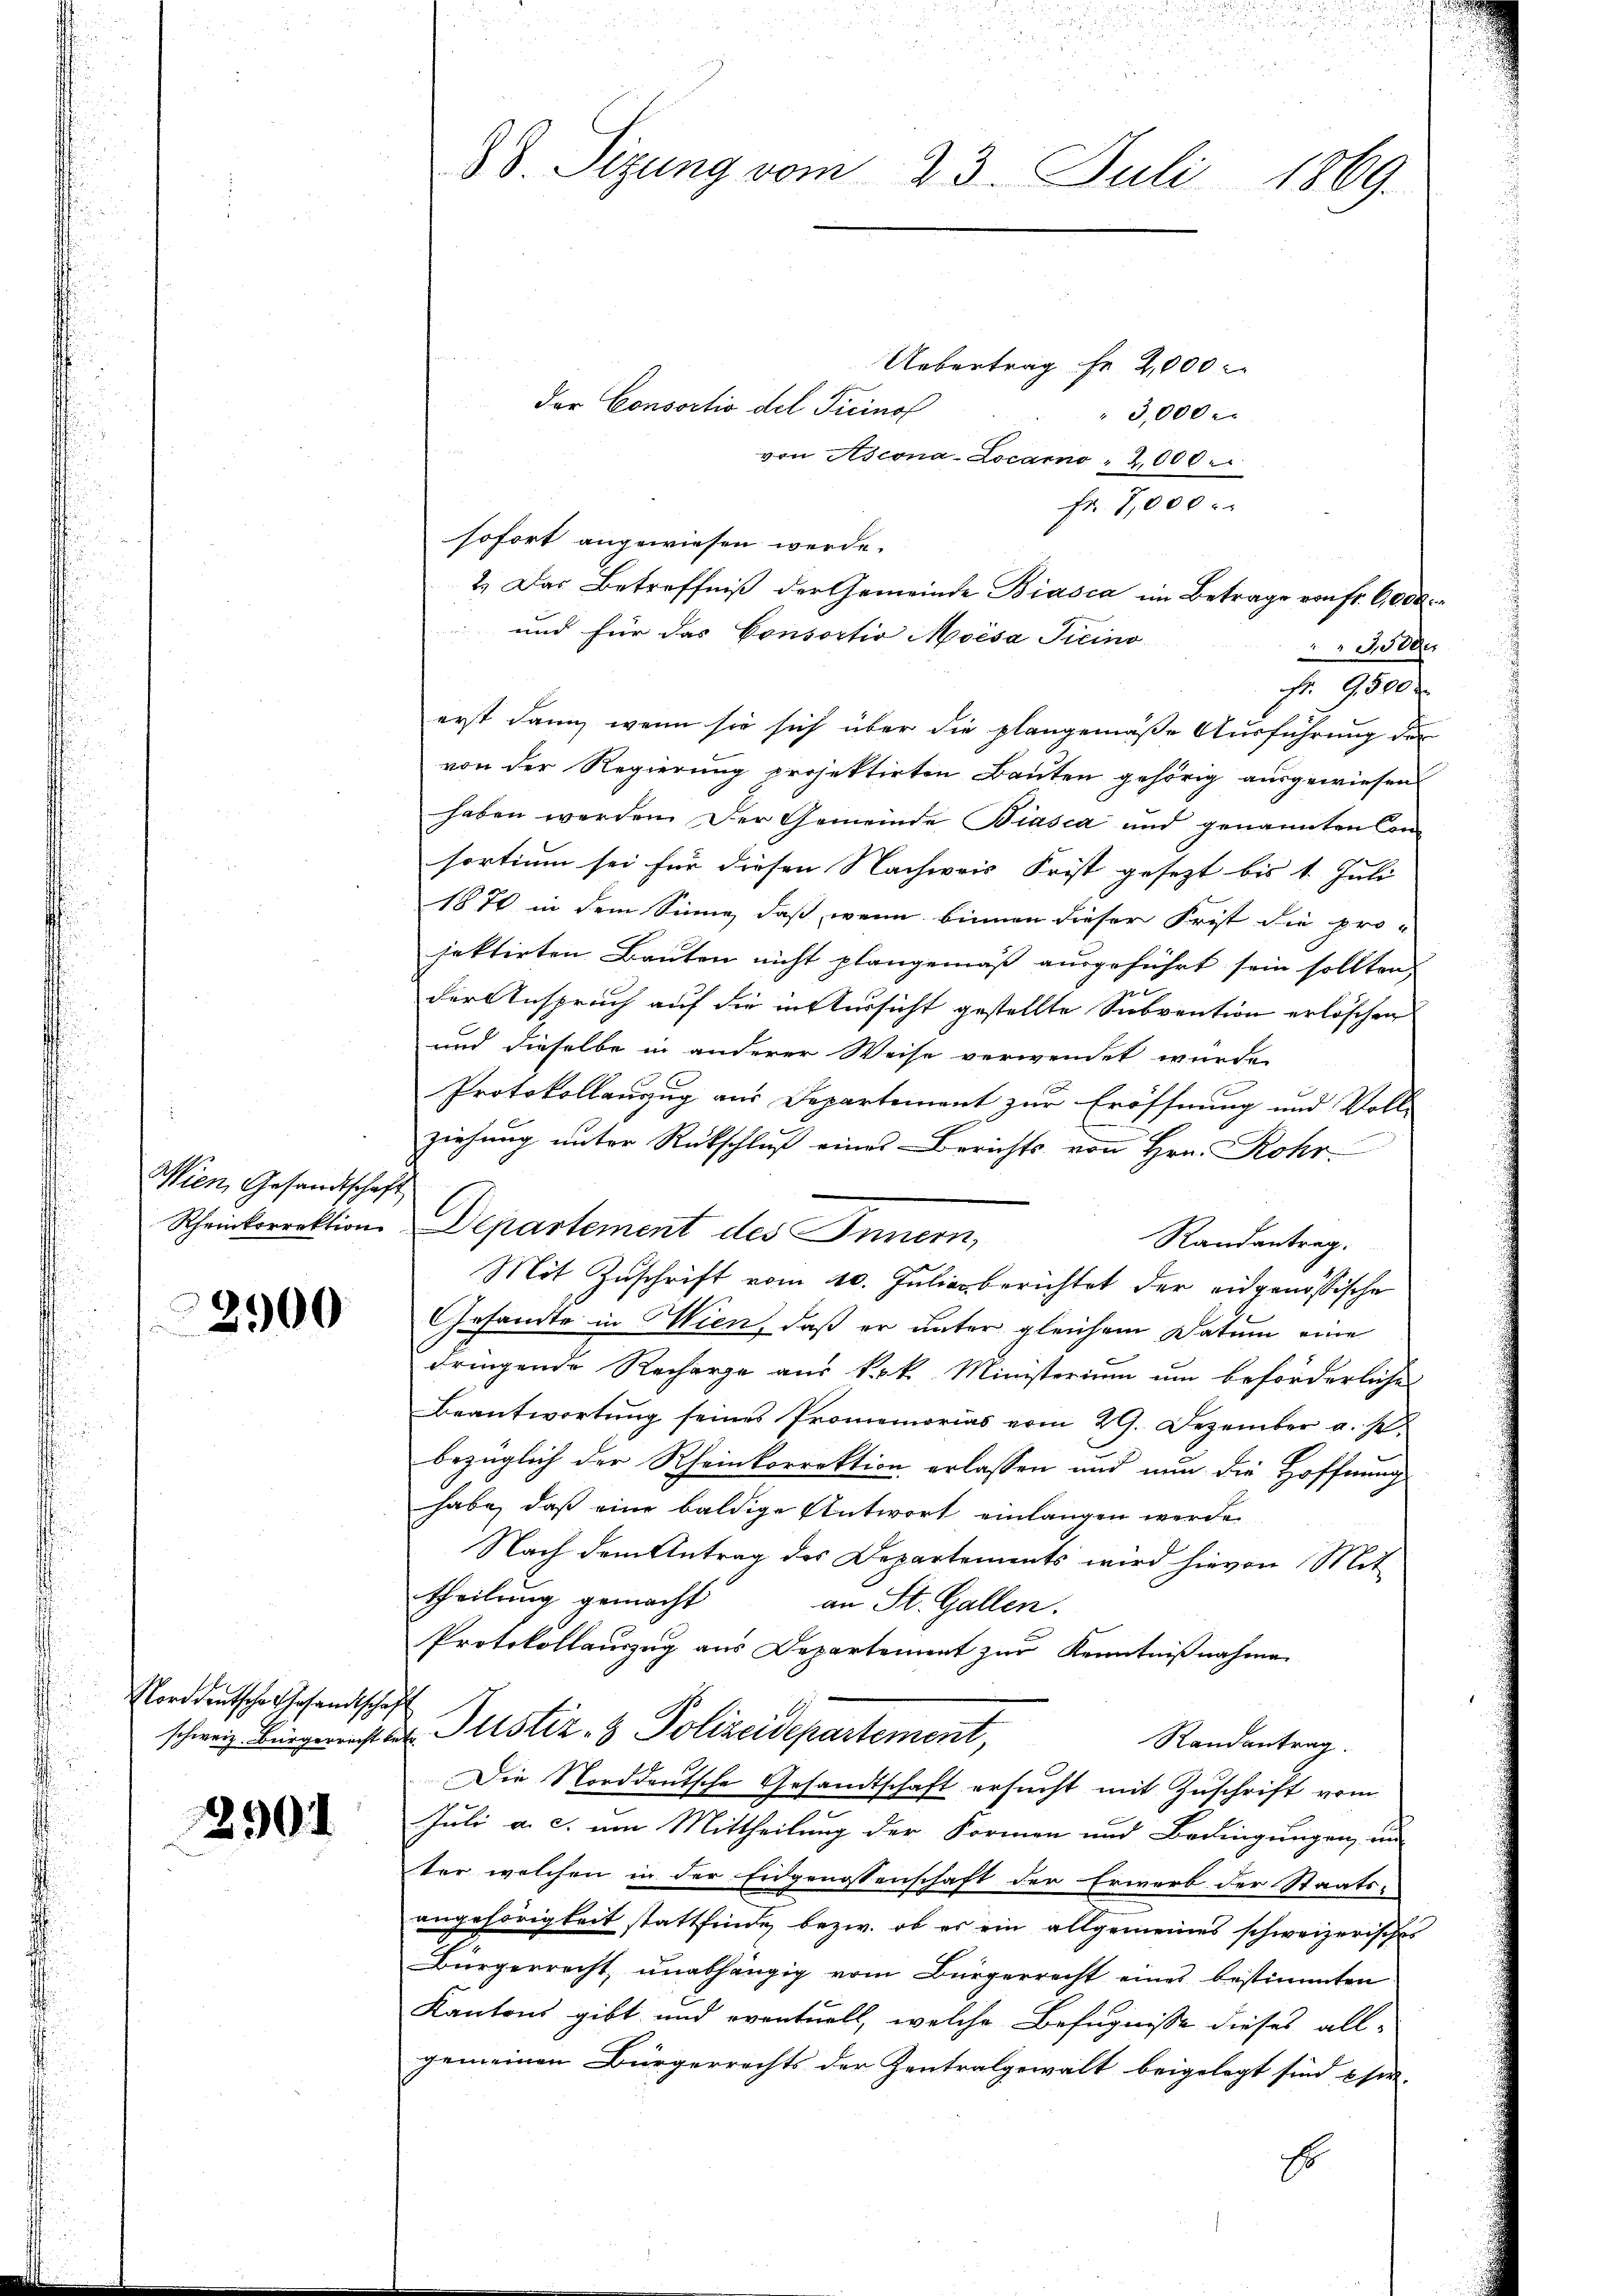
Wien Gesandtschaft
Rheinkorrektion

2900

Norddeutsche Gesandtschaf
schweiz. Bürgerrecht be

2901

Uebertrag Fr. 2,000
3,000.
von Ascona-Locarno " 2,000.
Fr 7,000
sofort angewiesen werde.
2.) Das Betreffniß der Gemeinde Biasca im Betrage von fr. 6000
und für das Consortio Moisa Ticino
Jdee
Fr. 9500
erst dann, wenn sie sich über die plangemäße Ausführung der
von der Regierung projektirten Bauten gehörig ausgewiesen
haben werden. Der Gemeinde Biasca und genannten Com-
sortium sei für diesen Nachweis Frist gesezt bis 1. Juli
1870 in dem Sinne, daß, wenn binnen dieser Frist die pro-
jektirten Bauten nicht plangemäß ausgeführt sein sollten.
72
der Anspruch auf die in Sursicht gestellte Subvention erlöschen
und dieselbe in anderer Weise verwendet wurde.
x
Protokollanzug aus Departement zur Eröffnung und Voll-
ziehung unter Rückschluß eines Berichts von Hrn. Rohr
Departement des Innern,
Randantrag.
Mit Zuschrift vom 10. Juliasberichtet der eidgenössische
Gesandte in Wien, daß er unter gleichem Datum eine
dringende Recharge aus k.k. Ministerium um beförderlichen
Beantwortung seines Promemorias vom 29. Dezember a. s.
bezüglich der Rheinkorrektion erlassen und nun die Hoffnung
habe, daß eine baldige Antwort einlangen werde
Nach dem Antrag des Departements wird hievon Mit
theilung gemacht
an St. Gallen.
Protokollauszug aus Departement zur Kenntnißnahmen
b
u. Justiz- & Polizeidepartement,
Randantrag.
Die Norddeutsche Gesandtschaft ersucht mit Zuschrift vom
Juli a. c. um Mittheilung der Formen und Bedingungen, un
ter welchen in der Eidgenossenschaft der Erwerb der Staats-
angehörigkeit stattfinde bezw. ob es ein allgemeines schweizerisches
Bürgerrecht unabhängig vom Bürgerrecht eines bestimmten
Kantons gibt und eventuell, welche Befugnisse dieses all-
gemeinen Bürgerrechts der Zentralgewalt beigelegt sind phir-
Es

88. Sizung vom 23. Juli 1869.

der Consortio del Ticinof